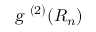
{ \textsl { g } } ^ { ( 2 ) } { ( R _ { n } ) }